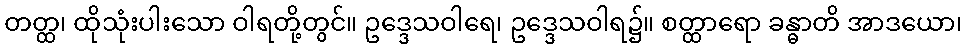
တတ္ထ၊ ထိုသုံးပါးသော ဝါရတို့တွင်။ ဥဒ္ဒေသဝါရေ၊ ဥဒ္ဒေသဝါရ၌။ စတ္ထာရော ခန္ဓာတိ အာဒယော၊